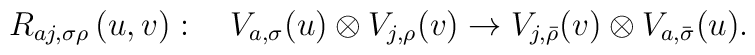
R_{aj,\sigma \rho}\left( u,v\right):\quad V_{a,\sigma}(u)\otimes V_{j,\rho}(v)\rightarrow V_{j,\bar{\rho}}(v)\otimes V_{a,\bar{\sigma}}(u).